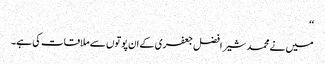
‘‘
میں نے محمد شیر افضل جعفری کے ان پوتوں سے ملاقات کی ہے۔